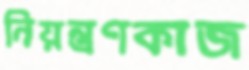
নিয়ন্ত্রণকাজ